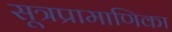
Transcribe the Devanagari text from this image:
सूत्रप्रामाणिका